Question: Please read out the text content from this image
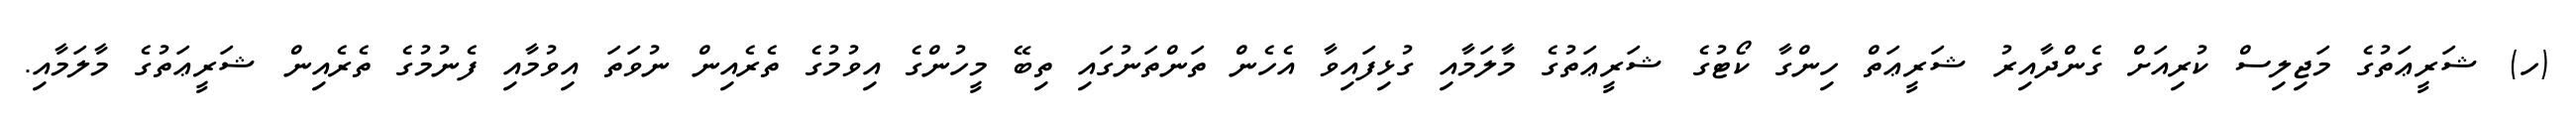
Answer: (ހ) ޝަރީޢަތުގެ މަޖިލިސް ކުރިއަށް ގެންދާއިރު ޝަރީޢަތް ހިންގާ ކޯޓުގެ ޝަރީޢަތުގެ މާލަމާއި ގުޅިފައިވާ އެހެން ތަންތަނުގައި ތިބޭ މީހުންގެ އިވުމުގެ ތެރެއިން ނުވަތަ އިވުމާއި ފެނުމުގެ ތެރެއިން ޝަރީޢަތުގެ މާލަމާއި.